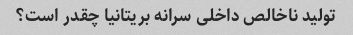
تولید ناخالص داخلی سرانه بریتانیا چقدر است؟